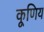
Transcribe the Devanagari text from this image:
कूणिय